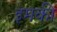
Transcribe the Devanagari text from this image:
इमकी